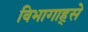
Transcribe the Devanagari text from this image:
विभागाह्से